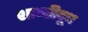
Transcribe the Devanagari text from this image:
शान्तीदूध